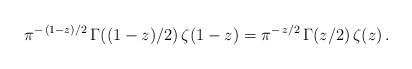
LaTeX: \begin{align*} \pi^{-\,(1-z)/2}\,\Gamma((1 - z)/2)\,\zeta(1 - z) = \pi^{-\,z/2}\, \Gamma(z/2)\,\zeta(z)\,. \end{align*}